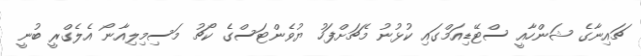
ޗައިނާގެ ޝަންހާއީ ސްޓޭޑިއަމްގައި ކުޅުނު މެޗަށްފަހު ޔުވެންޓަސްގެ ކޯޗު މަސިމިލިއާނޯ އެލެގްރީ ބުނީ